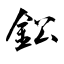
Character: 鈆